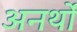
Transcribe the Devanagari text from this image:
अनर्थों